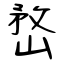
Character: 嵍